Annual administration report of the Civil Veterinary Department of India - 1898-1899
Year: 1898
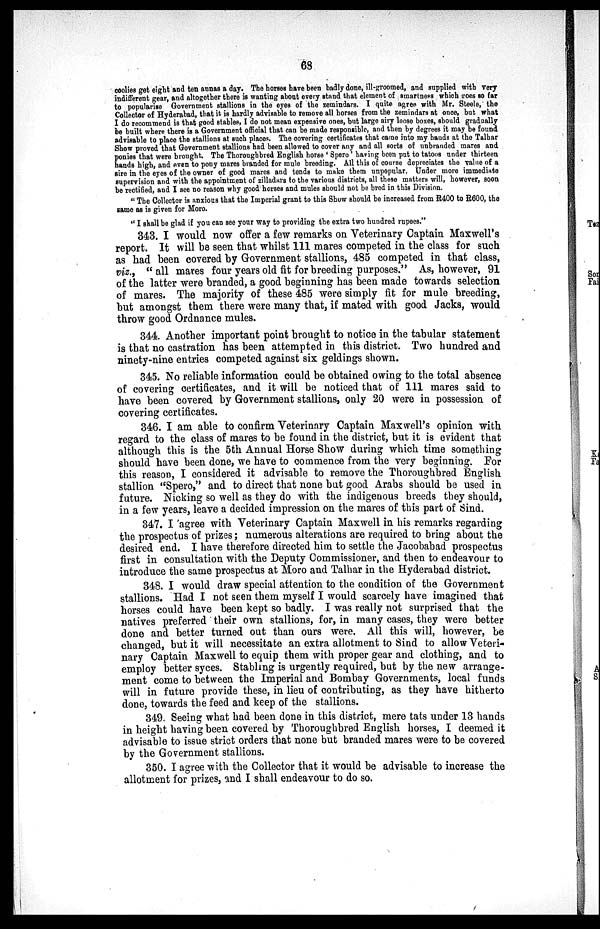
68
coolies get eight and ten annas a day. The horses have been badly done, ill-groomed, and supplied with very
indifferent gear, and altogether there is wanting about every stand that element of smartness which goes so far
to popularise Government stallions in the eyes of the zemindars. I quite agree with Mr. Steele, the
Collector of Hyderabad, that it is hardly advisable to remove all horses from the zemindars at once, but what
I do recommend is that good stables, I do not mean expensive ones, but large airy loose boxes, should gradually
be built where there is a Government official that can be made responsible, and then by degrees it may be found
advisable to place the stallions at such places. The covering certificates that came into my hands at the Talhar
Show proved that Government stallions had been allowed to cover any and all sorts of unbranded mares and
ponies that were brought. The Thoroughbred English horse 'Spero' having been put to tatoos under thirteen
hands high, and even to pony mares branded for mule breeding. All this of course depreciates the value of a
sire in the eyes of the owner of good mares and tends to make them unpopular. Under more immediate
supervision and with the appointment of zilladars to the various districts, all these matters will, however, soon
be rectified, and I see no reason why good horses and mules should not be bred in this Division.
"The Collector is anxious that the Imperial grant to this Show should be increased from R400 to R600, the
same as is given for Moro.
"I shall be glad if you can see your way to providing the extra two hundred rupees."
343. I would now offer a few remarks on Veterinary Captain Maxwell's
report. It will be seen that whilst 111 mares competed in the class for such
as had been covered by Government stallions, 485 competed in that class,
viz., "all mares four years old fit for breeding purposes." As, however, 91
of the latter were branded, a good beginning has been made towards selection
of mares. The majority of these 485 were simply fit for mule breeding,
but amongst them there were many that, if mated with good Jacks, would
throw good Ordnance mules.
344. Another important point brought to notice in the tabular statement
is that no castration has been attempted in this district. Two hundred and
ninety-nine entries competed against six geldings shown.
345. No reliable information could be obtained owing to the total absence
of covering certificates, and it will be noticed that of 111 mares said to
have been covered by Government stallions, only 20 were in possession of
covering certificates.
346. I am able to confirm Veterinary Captain Maxwell's opinion with
regard to the class of mares to be found in the district, but it is evident that
although this is the 5th Annual Horse Show during which time something
should have been done, we have to commence from the very beginning. For
this reason, I considered it advisable to remove the Thoroughbred English
stallion "Spero," and to direct that none but good Arabs should be used in
future. Nicking so well as they do with the indigenous breeds they should,
in a few years, leave a decided impression on the mares of this part of Sind.
347. I agree with Veterinary Captain Maxwell in his remarks regarding
the prospectus of prizes; numerous alterations are required to bring about the
desired end. I have therefore directed him to settle the Jacobabad prospectus
first in consultation with the Deputy Commissioner, and then to endeavour to
introduce the same prospectus at Moro and Talhar in the Hyderabad district.
348. I would draw special attention to the condition of the Government
stallions. Had I not seen them myself I would scarcely have imagined that
horses could have been kept so badly. I was really not surprised that the
natives preferred their own stallions, for, in many cases, they were better
done and better turned out than ours were. All this will, however, be
changed, but it will necessitate an extra allotment to Sind to allow Veteri-
nary Captain Maxwell to equip them with proper gear and clothing, and to
employ better syces. Stabling is urgently required, but by the new arrange-
ment come to between the Imperial and Bombay Governments, local funds
will in future provide these, in lieu of contributing, as they have hitherto
done, towards the feed and keep of the stallions.
349. Seeing what had been done in this district, mere tats under 13 hands
in height having been covered by Thoroughbred English horses, I deemed it
advisable to issue strict orders that none but branded mares were to be covered
by the Government stallions.
350. I agree with the Collector that it would be advisable to increase the
allotment for prizes, and I shall endeavour to do so.